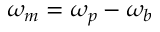
\omega _ { m } = \omega _ { p } - \omega _ { b }